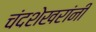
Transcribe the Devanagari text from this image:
चंदशेखरांनी